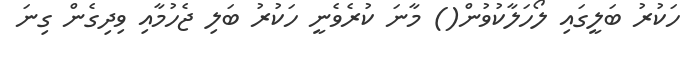
ހަކުރު ބަލީގައި ލޯހަލާކުވުން() މާނަ ކުރެވެނީ ހަކުރު ބަލި ޖެހުމާއި ވިދިގެން ގިނަ